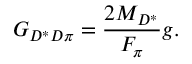
G _ { D ^ { \ast } D \pi } = \frac { 2 M _ { D ^ { \ast } } } { F _ { \pi } } g .